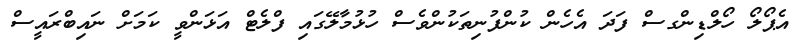
އެޕޯލޯ ހޯލްޑިންގސް ފަދަ އެހެން ކުންފުނިތަކުންވެސް ހުޅުމާލޭގައި ފްލެޓް އަޅަންވީ ކަމަށް ނައިބްރައީސް